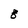
Character: 8